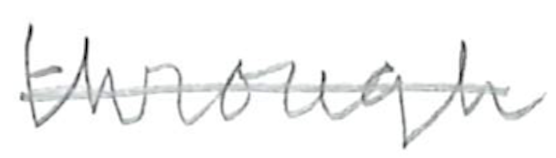
Text: through
Cross-out: mix
Writing tool: pencil